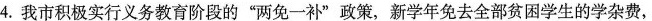
4.我市积极实行义务教育阶段的”两免一补”政策，新学年免去全部贫困学生的学杂费，